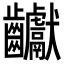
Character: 𪚋